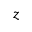
z